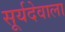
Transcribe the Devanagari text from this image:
सूर्यदेवाला